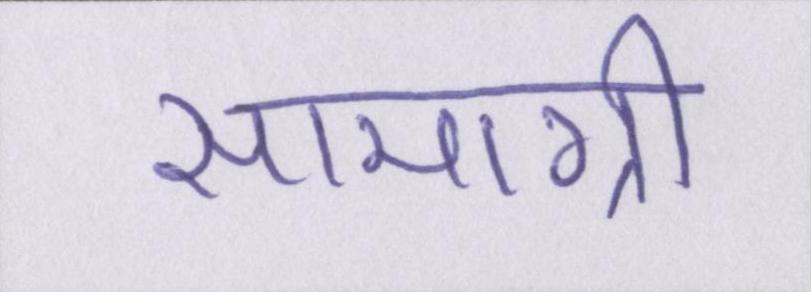
सामाग्री